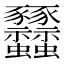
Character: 𧲟